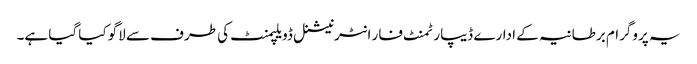
یہ پروگرام برطانیہ کے ادارے ڈیپارٹمنٹ فار انٹرنیشنل ڈویلپمنٹ کی طرف سے لاگو کیا گیا ہے۔